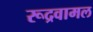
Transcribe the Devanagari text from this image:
रूद्रवामल